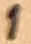
Text: 1